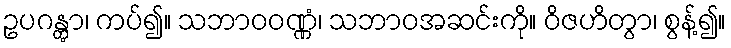
ဥပဂန္တွာ၊ ကပ်၍။ သဘာဝဝဏ္ဏံ၊ သဘာဝအဆင်းကို။ ဝိဇဟိတွာ၊ စွန့်၍။